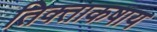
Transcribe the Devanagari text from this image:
तिक्ताकषाय